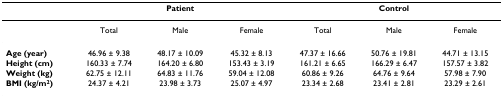
<table><thead><tr><td></td><td colspan="3"><b>Patient</b></td><td colspan="3"><b>Control</b></td></tr></thead><tbody><tr><td></td><td>Total</td><td>Male</td><td>Female</td><td>Total</td><td>Male</td><td>Female</td></tr><tr><td><b>Age (year)</b></td><td>46.96 ± 9.38</td><td>48.17 ± 10.09</td><td>45.32 ± 8.13</td><td>47.37 ± 16.66</td><td>50.76 ± 19.81</td><td>44.71 ± 13.15</td></tr><tr><td><b>Height (cm)</b></td><td>160.33 ± 7.74</td><td>164.20 ± 6.80</td><td>153.43 ± 3.19</td><td>161.21 ± 6.65</td><td>166.29 ± 6.47</td><td>157.57 ± 3.82</td></tr><tr><td><b>Weight (kg)</b></td><td>62.75 ± 12.11</td><td>64.83 ± 11.76</td><td>59.04 ± 12.08</td><td>60.86 ± 9.26</td><td>64.76 ± 9.64</td><td>57.98 ± 7.90</td></tr><tr><td><b>BMI (kg/m<sup>2</sup>)</b></td><td>24.37 ± 4.21</td><td>23.98 ± 3.73</td><td>25.07 ± 4.97</td><td>23.34 ± 2.68</td><td>23.41 ± 2.81</td><td>23.29 ± 2.61</td></tr></tbody></table>